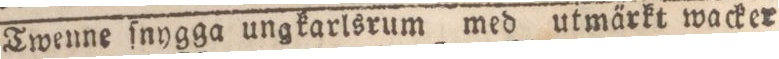
Twenne ſnygga ungkarlsrum med utma̋rkt wacker